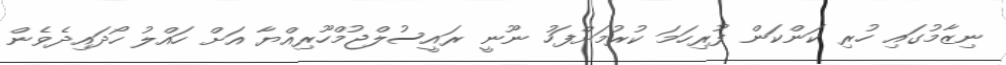
ނިޒާމުގައި ހުރި ކަންކަން ފުރިހަމަ ކުރުމަށްފަހު ނޫނީ ރައީސުލްޖުމްހޫރިއްޔާ އަށް ހައްލު ހޯދައިދެވެން